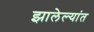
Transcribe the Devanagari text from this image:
झालेल्यांत